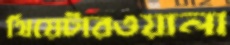
থিয়েটারওয়ালা